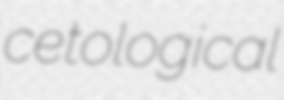
cetological